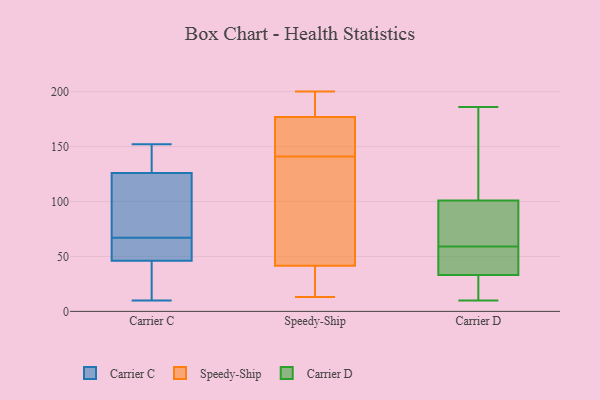
{"axis": {"x": "Latency (ms)", "y": "Value"}, "legend": ["Carrier C", "Carrier D", "Speedy-Ship"], "data": [{"x": "", "y": 11, "type": "Carrier C"}, {"x": "", "y": 120, "type": "Carrier C"}, {"x": "", "y": 146, "type": "Carrier C"}, {"x": "", "y": 10, "type": "Carrier C"}, {"x": "", "y": 68, "type": "Carrier C"}, {"x": "", "y": 21, "type": "Carrier C"}, {"x": "", "y": 140, "type": "Carrier C"}, {"x": "", "y": 62, "type": "Carrier C"}, {"x": "", "y": 122, "type": "Carrier C"}, {"x": "", "y": 152, "type": "Carrier C"}, {"x": "", "y": 39, "type": "Carrier C"}, {"x": "", "y": 53, "type": "Carrier C"}, {"x": "", "y": 58, "type": "Carrier C"}, {"x": "", "y": 66, "type": "Carrier C"}, {"x": "", "y": 130, "type": "Carrier C"}, {"x": "", "y": 88, "type": "Carrier C"}, {"x": "", "y": 194, "type": "Speedy-Ship"}, {"x": "", "y": 138, "type": "Speedy-Ship"}, {"x": "", "y": 13, "type": "Speedy-Ship"}, {"x": "", "y": 170, "type": "Speedy-Ship"}, {"x": "", "y": 36, "type": "Speedy-Ship"}, {"x": "", "y": 144, "type": "Speedy-Ship"}, {"x": "", "y": 115, "type": "Speedy-Ship"}, {"x": "", "y": 154, "type": "Speedy-Ship"}, {"x": "", "y": 184, "type": "Speedy-Ship"}, {"x": "", "y": 47, "type": "Speedy-Ship"}, {"x": "", "y": 18, "type": "Speedy-Ship"}, {"x": "", "y": 200, "type": "Speedy-Ship"}, {"x": "", "y": 186, "type": "Carrier D"}, {"x": "", "y": 31, "type": "Carrier D"}, {"x": "", "y": 153, "type": "Carrier D"}, {"x": "", "y": 46, "type": "Carrier D"}, {"x": "", "y": 82, "type": "Carrier D"}, {"x": "", "y": 43, "type": "Carrier D"}, {"x": "", "y": 10, "type": "Carrier D"}, {"x": "", "y": 78, "type": "Carrier D"}, {"x": "", "y": 181, "type": "Carrier D"}, {"x": "", "y": 48, "type": "Carrier D"}, {"x": "", "y": 95, "type": "Carrier D"}, {"x": "", "y": 104, "type": "Carrier D"}, {"x": "", "y": 33, "type": "Carrier D"}, {"x": "", "y": 64, "type": "Carrier D"}, {"x": "", "y": 101, "type": "Carrier D"}, {"x": "", "y": 22, "type": "Carrier D"}, {"x": "", "y": 32, "type": "Carrier D"}, {"x": "", "y": 54, "type": "Carrier D"}]}